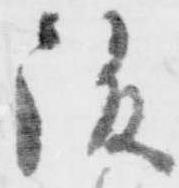
後